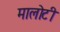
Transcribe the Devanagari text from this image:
मालोटी